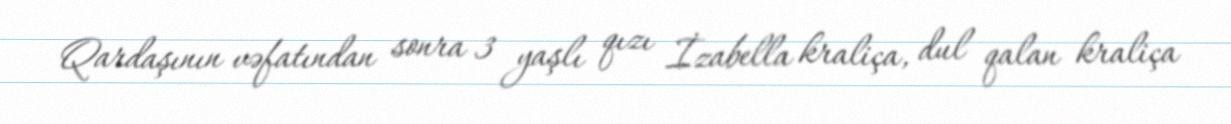
Qardaşının vəfatından sonra 3 yaşlı qızı İzabella kraliça, dul qalan kraliça